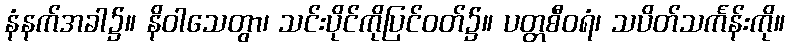
နံနက်အခါ၌။ နိဝါသေတွာ၊ သင်းပိုင်ကိုပြင်ဝတ်၌။ ပတ္တစီဝရံ၊ သပိတ်သင်္ကန်းကို။